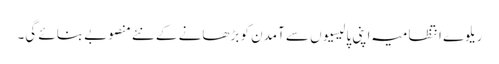
ریلوے انتظامیہ اپنی پالیسیوں سے آمدن کو بڑھانے کے نئے منصوبے بنائے گی۔